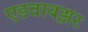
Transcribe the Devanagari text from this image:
एडवायझर